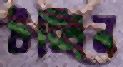
টক্সিন